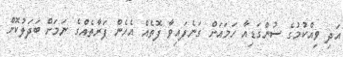
އަދި ވިއްކުމުގެ ސުންގަޑިއާ ހަމައަށް ގަނެފައިވާ ފޮތެއް އެހެން ފަރާތެއްގެ ނަމަށް ބަދަލުކޮށް